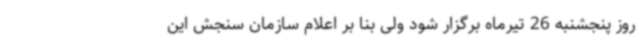
روز پنجشنبه 26 تیرماه برگزار شود ولی بنا بر اعلام سازمان سنجش این